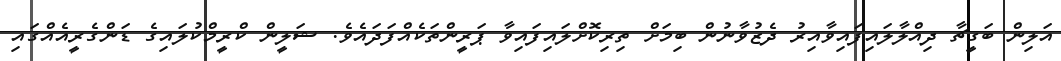
އަލިން ބަގީޗާ ދިއްލާލައިފައިވާއިރު ދެޒުވާނުން ބިމަށް ތިރިކޮށްލައިފައިވާ ޕަރީންތަކެއްފަދައެވެ. ޝަލީން ކްރީމްކުލައިގެ ޑަންގެރީއެއްގައި